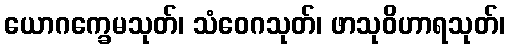
ယောဂက္ခေမသုတ်၊ သံဝေဂသုတ်၊ ဖာသုဝိဟာရသုတ်၊